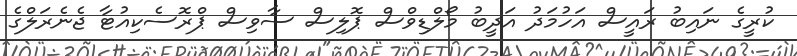
ކުރީގެ ނައިބު ރައީސް އަހުމަދު އަދީބު މޯލްޑިވްސް ޕޮލިސް ސާވިސް ޕްރޮސެކިއުޓާ ޖެނެރަލްގެ